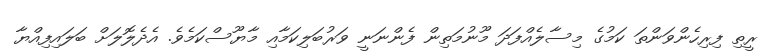
ރީތި ފިރިހެންވަންތަ ކަމުގެ މިސާލެއްފަދަ މޫނުމަތިން ފެންނަނީ ވަރުބަލިކަމާއި މާޔޫސްކަމެވެ. އެދެލޮލަށް ބަލައިފިއްޔާ